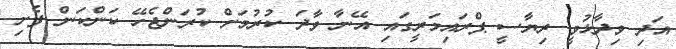
އަދި ވިދާޅުވީ ރިޔާސީ ޕްރައިމަރީގައި އޭނާ ވާދަ ކުރުމަށް ކުރަންޖެހޭ ކަންކަން ފެށި